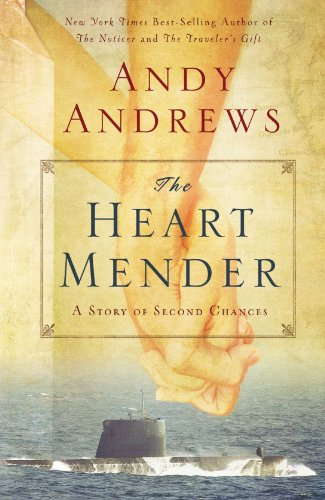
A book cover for The Heart Mender: A Story of Second Chances; Andy Andrews; Literature & Fiction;